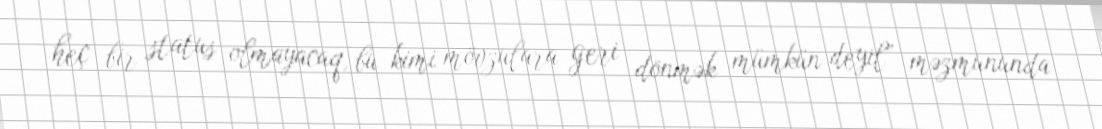
heç bir status olmayacaq, bu kimi mövzulara geri dönmək mümkün deyil” məzmununda